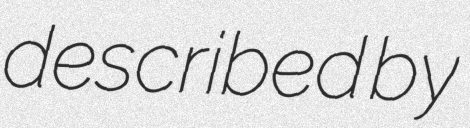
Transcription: described by